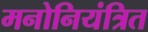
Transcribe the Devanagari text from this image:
मनोनियंत्रित